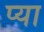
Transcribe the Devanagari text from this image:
प्या